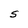
Character: S